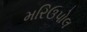
મરિઉપોલ